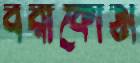
বরাকোঠা